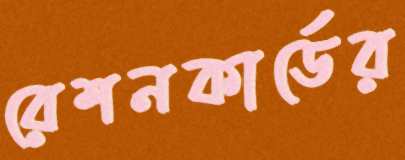
রেশনকার্ডের